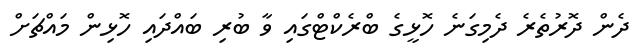
ދެން ދޮރުތެރެ ދެމިގަނެ ހޮޅީގެ ބްރެކްޓްގައި ވާ ބުރި ބައްދައި ހޮޅިން މައްޗަށް